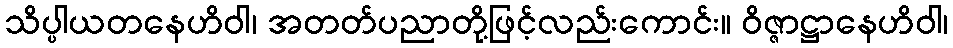
သိပ္ပါယတနေဟိဝါ၊ အတတ်ပညာတို့ဖြင့်လည်းကောင်း။ ဝိဇ္ဇာဋ္ဌာနေဟိဝါ၊